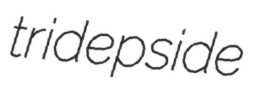
tridepside